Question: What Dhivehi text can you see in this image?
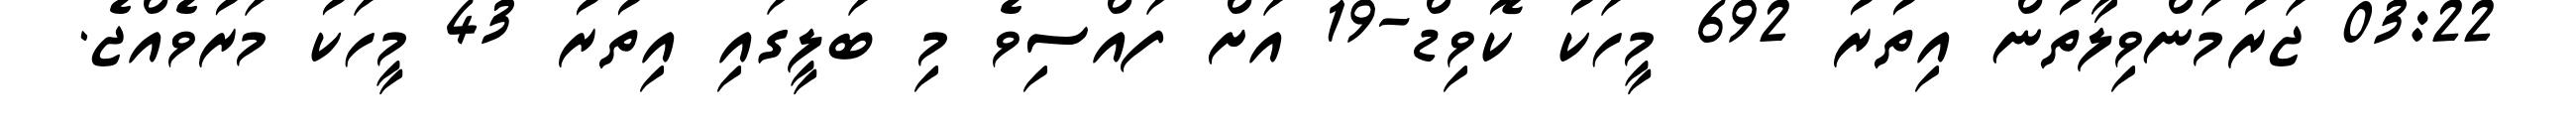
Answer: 03:22 ޖަރުމަންވިލާތުން އިތުރު 692 މީހަކު ކޮވިޑް-19 އަށް ފައްސިވެ މި ބަލީގައި އިތުރު 43 މީހަކު މަރުވެއްޖެ.